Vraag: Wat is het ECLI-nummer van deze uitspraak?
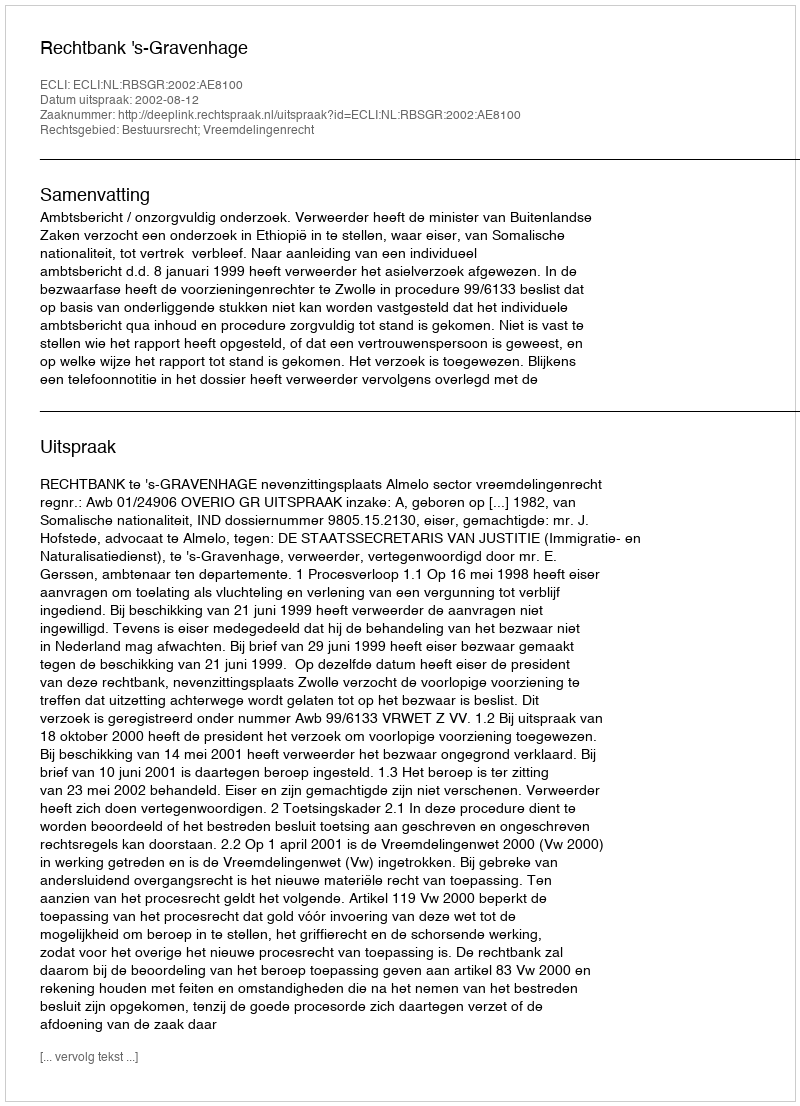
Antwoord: ECLI:NL:RBSGR:2002:AE8100